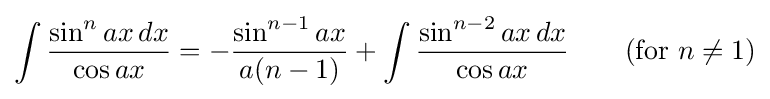
\int {\frac {\sin ^{n}ax\,dx}{\cos ax}}=-{\frac {\sin ^{n-1}ax}{a(n-1)}}+\int {\frac {\sin ^{n-2}ax\,dx}{\cos ax}}\qquad {\mbox{(for }}n\neq 1{\mbox{)}}